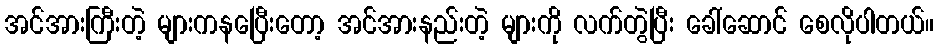
အင်အားကြီးတဲ့ များကနပြေီးတော့ အင်အားနည်းတဲ့ များကို လက်တွဲပြီး ခေါ်ဆောင် စေလိုပါတယ်။